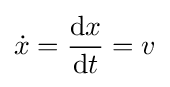
{\dot {x}}={\frac {\mathrm {d} x}{\mathrm {d} t}}=v